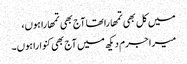
میں کل بھی تمھارا تھا آج بھی تمھارا ہوں،
میرا جرم دیکھ میں آج بھی کنوارا ہوں۔